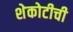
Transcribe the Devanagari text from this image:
शेकोटीची